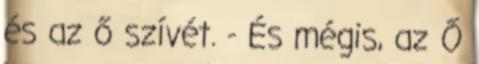
és az ő szívét. - És mégis, az Ő